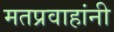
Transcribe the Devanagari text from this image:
मतप्रवाहांनी